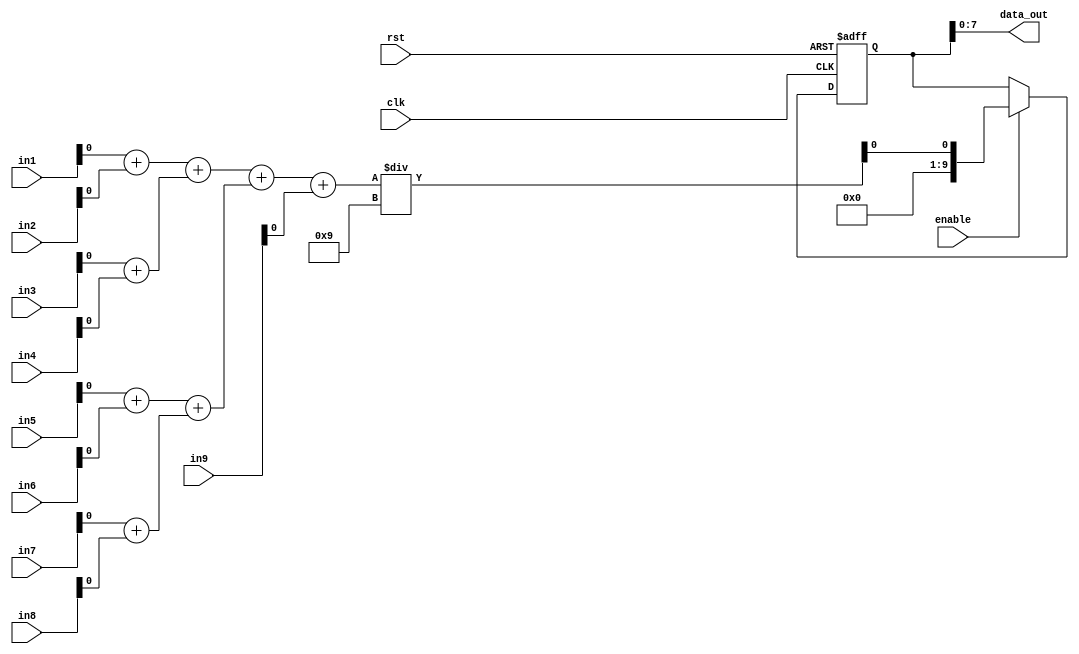

////////////////////////////////////////////
//  MODULE: MEAN_FILTER_FUNCTION
//  3x3 window
//  Created on Mar 15, 2017
////////////////////////////////////////////
module mean_func  #(
        parameter DATA_WIDTH=8
  )
  (
        output    wire   [DATA_WIDTH-1:0]    data_out,
        input     wire   [DATA_WIDTH-1:0]    in1,
        input     wire   [DATA_WIDTH-1:0]    in2,
        input     wire   [DATA_WIDTH-1:0]    in3,
        input     wire   [DATA_WIDTH-1:0]    in4,
        input     wire   [DATA_WIDTH-1:0]    in5,
        input     wire   [DATA_WIDTH-1:0]    in6,
        input     wire   [DATA_WIDTH-1:0]    in7,
        input     wire   [DATA_WIDTH-1:0]    in8,
        input     wire   [DATA_WIDTH-1:0]    in9,
        input     wire                       clk,
        input     wire                       rst,
        input     wire                       enable
);
	reg  [DATA_WIDTH+1:0] dout;
	assign data_out = dout;
	wire [DATA_WIDTH+1:0] w12, w34, w56, w78, w1234, w5678, w12345678;
	assign w12 = in1 + in2;
	assign w34 = in3 + in4;
	assign w56 = in5 + in6;
	assign w78 = in7 + in8;
	assign w1234 = w12 + w34;
	assign w5678 = w56 + w78;
	assign w1to8 = w1234 + w5678;
	assign w1to9 = w1to8 + in9;
	assign w_out = w1to9/9;
	always@(posedge clk or posedge rst)
	begin
	if (rst==1) 
        begin
        	dout<=9'b0;
        end
	else if(enable==1)
        begin      
        	dout <= w_out;
        end
end
endmodule